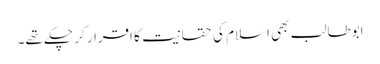
ابوطالب بھی اسلام کی حقانیت کا اقرار کر چکے تھے۔